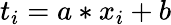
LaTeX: t_{i}=a*x_{i}+b